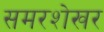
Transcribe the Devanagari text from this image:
समरशेखर